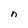
Character: n